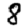
Digit: 8